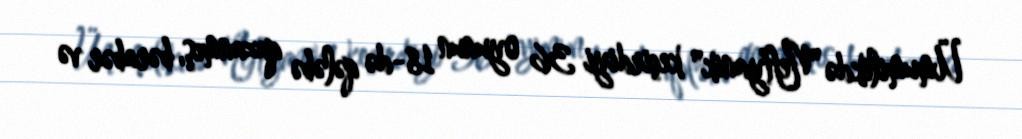
Ümumilikdə "Neftyanik" keçirdiyi 36 oyunun 18-də qələbə qazanmış, bərabər və